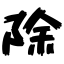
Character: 除